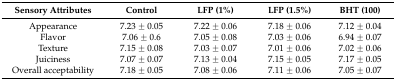
<table><thead><tr><td><b>Sensory Attributes</b></td><td><b>Control</b></td><td><b>LFP (1%)</b></td><td><b>LFP (1.5%)</b></td><td><b>BHT (100)</b></td></tr></thead><tbody><tr><td>Appearance</td><td>7.23 ± 0.05</td><td>7.22 ± 0.06</td><td>7.18 ± 0.06</td><td>7.12 ± 0.04</td></tr><tr><td>Flavor</td><td>7.06 ± 0.6</td><td>7.05 ± 0.08</td><td>7.03 ± 0.06</td><td>6.94 ± 0.07</td></tr><tr><td>Texture</td><td>7.15 ± 0.08</td><td>7.03 ± 0.07</td><td>7.01 ± 0.06</td><td>7.02 ± 0.06</td></tr><tr><td>Juiciness</td><td>7.07 ± 0.07</td><td>7.13 ± 0.04</td><td>7.15 ± 0.05</td><td>7.17 ± 0.05</td></tr><tr><td>Overall acceptability</td><td>7.18 ± 0.05</td><td>7.08 ± 0.06</td><td>7.11 ± 0.06</td><td>7.05 ± 0.07</td></tr></tbody></table>